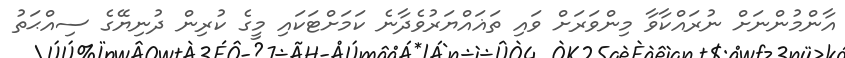
އާންމުންނަށް ނުރައްކާވާ މިންވަރަށް ވައި ތަޣައްޔަރުވެދާނެ ކަމަށްޓަކައި މީގެ ކުރިން ދުނިޔޭގެ ސިއްޙަތު